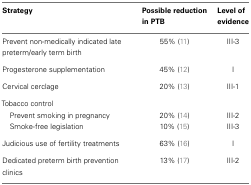
<table><thead><tr><td><b>Strategy</b></td><td><b>Possible reduction in PTB</b></td><td><b>Level of evidence</b></td></tr></thead><tbody><tr><td>Prevent non-medically indicated late preterm/early term birth</td><td>55% (11)</td><td>III-3</td></tr><tr><td>Progesterone supplementation</td><td>45% (12)</td><td>I</td></tr><tr><td>Cervical cerclage</td><td>20% (13)</td><td>III-1</td></tr><tr><td>Tobacco control</td></tr><tr><td> Prevent smoking in pregnancy</td><td>20% (14)</td><td>III-2</td></tr><tr><td> Smoke-free legislation</td><td>10% (15)</td><td>III-3</td></tr><tr><td>Judicious use of fertility treatments</td><td>63% (16)</td><td>I</td></tr><tr><td>Dedicated preterm birth prevention clinics</td><td>13% (17)</td><td>III-2</td></tr></tbody></table>